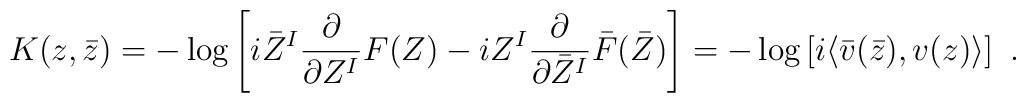
K(z,\bar z)= -\log\left[i\bar Z^I \frac{\partial}{\partial Z^I} F(Z) -iZ^I\frac{\partial}{\partial\bar Z^I}\bar F(\bar Z) \right]=-\log\left[i \langle \bar v(\bar z) , v(z)\rangle \right]\ .